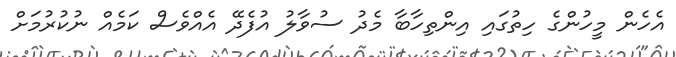
އެހެން މީހުންގެ ހިތުގައި އިންތިހާބާ މެދު ސުވާލު އުފެދޭ އެއްވެސް ކަމެއް ނުކުރުމަށް